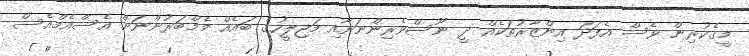
މީގެކުރިން ވެސް އެފަދަ އިންޒާރުތަކެއް ދީ ނޫސްވެރިންނަށާއި މަޖިލީހުގެ ބައެއް މެމްބަރުންނަށް އެސްއެމްއެސް